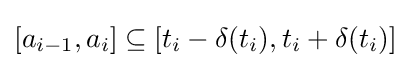
[a_{i-1},a_{i}]\subseteq [t_{i}-\delta (t_{i}),t_{i}+\delta (t_{i})]